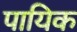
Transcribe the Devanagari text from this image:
पायिक